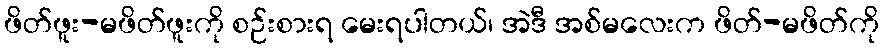
ဖိတ်ဖူး-မဖိတ်ဖူးကို စဉ်းစားရ မေးရပါတယ်၊ အဲဒီ အစ်မလေးက ဖိတ်-မဖိတ်ကို